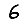
Digit: 6